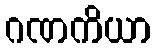
ဂဏကိယာ